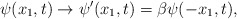
\begin{align*}{\psi}(x_1,t) \to {\psi}^{\prime}(x_1,t) = {\beta}{\psi}(-x_1,t),\end{align*}